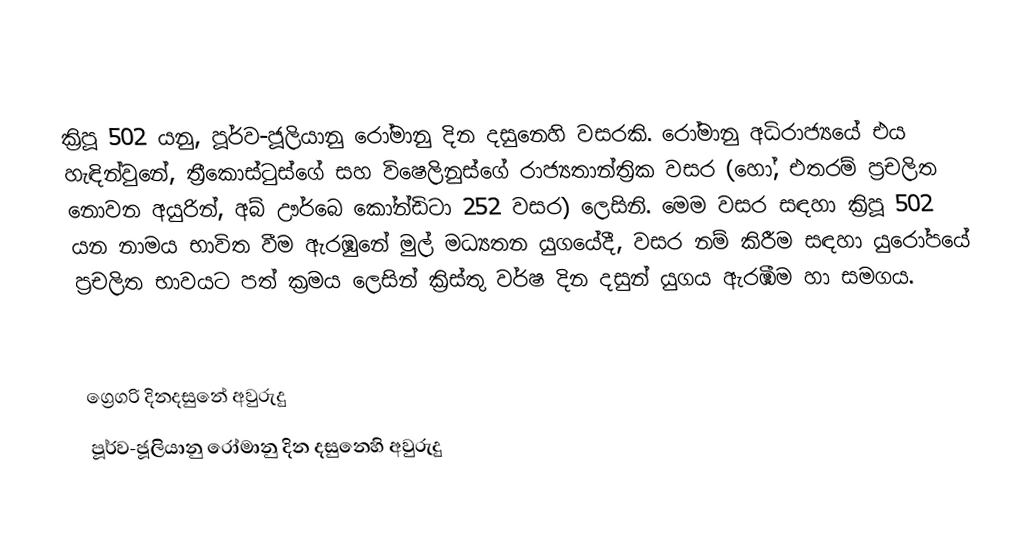

ක්‍රිපූ 502 යනු, පූර්ව-ජූලියානු රෝමානු දින දසුනෙහි වසරකි. රෝමානු අධිරාජ්‍යයේ එය හැඳින්වුනේ, ත්‍රීකොස්ටුස්ගේ සහ විෂෙලිනුස්ගේ රාජ්‍යතාන්ත්‍රික වසර (හෝ, එතරම් ප්‍රචලිත නොවන අයුරින්, අබ් ඌර්බෙ කෝන්ඩිටා 252 වසර) ලෙසිනි. මෙම වසර සඳහා ක්‍රිපූ 502 යන නාමය භාවිත වීම ඇරඹුනේ මුල්  මධ්‍යතන යුගයේදී, වසර නම් කිරීම සඳහා යුරෝපයේ ප්‍රචලිත භාවයට පත් ක්‍රමය ලෙසින් ක්‍රිස්තු වර්ෂ දින දසුන් යුගය ඇරඹීම හා සමගය.

ග්‍රෙගරි දිනදසුනේ අවුරුදු
පූර්ව-ජූලියානු රෝමානු දින දසුනෙහි අවුරුදු